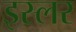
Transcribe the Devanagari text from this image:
इस्लर